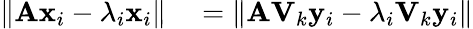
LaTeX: \begin{array}{rl}{\| \mathbf{Ax}_{i}-\lambda_{i}\mathbf{x}_{i}\| }&{{}=\| \mathbf{AV}_{k}\mathbf{y}_{i}-\lambda_{i}\mathbf{V}_{k}\mathbf{y}_{i}\| }\end{array}